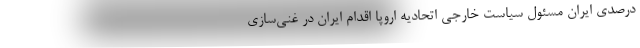
درصدی ایران مسئول سیاست خارجی اتحادیه اروپا اقدام ایران در غنی‌سازی